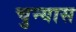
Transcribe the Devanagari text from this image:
चुन्यास